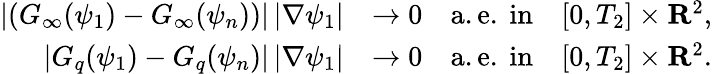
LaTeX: \begin{array}{rl}{\left|\left(G_{\infty}(\psi_{1})-G_{\infty}(\psi_{n})\right)\right|\, |\nabla\psi_{1}|}&{\rightarrow 0\quad\mathrm{a.e.~in}\quad[0,T_{2}]\times{\mathbf R}^{2},}\\ {|G_{q}(\psi_{1})-G_{q}(\psi_{n})|\, |\nabla\psi_{1}|}&{\rightarrow 0\quad\mathrm{a.e.~in}\quad[0,T_{2}]\times{\mathbf R}^{2}.}\end{array}